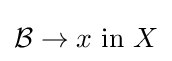
{\mathcal {B}}\to x{\text{ in }}X